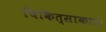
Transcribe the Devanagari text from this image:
चिकित्साकार।